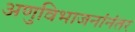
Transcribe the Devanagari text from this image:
अणुविभाजनांनंतर